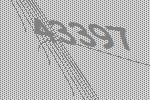
43397